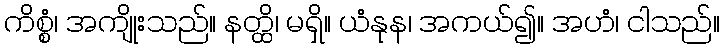
ကိစ္စံ၊ အကျိုးသည်။ နတ္ထိ၊ မရှိ။ ယံနုန၊ အကယ်၍။ အဟံ၊ ငါသည်။